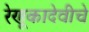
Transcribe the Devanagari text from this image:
रेणूकादेवीचे